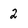
Character: 2